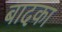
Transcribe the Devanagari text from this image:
बादका